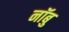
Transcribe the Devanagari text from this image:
नॉबु